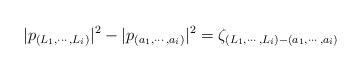
LaTeX: \begin{align*}|p_{(L_1,\cdots,L_i)}|^2-|p_{(a_1,\cdots,a_i)}|^2=\zeta_{(L_1,\cdots,L_i)-(a_1,\cdots,a_i)}\end{align*}